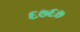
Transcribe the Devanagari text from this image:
६७६७